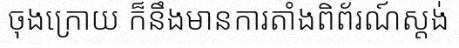
ចុងក្រោយ ក៏នឹងមានការតាំងពិព័រណ៍ស្តង់